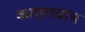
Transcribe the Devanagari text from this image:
काएरायाच